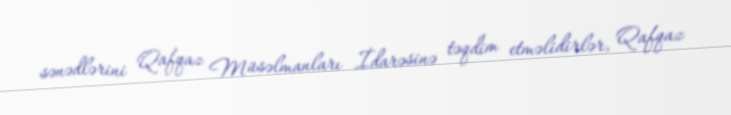
sənədlərini Qafqaz Müsəlmanları İdarəsinə təqdim etməlidirlər, Qafqaz